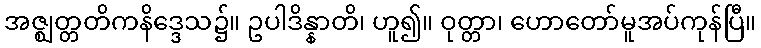
အဇ္ဈတ္တတိကနိဒ္ဒေသ၌။ ဥပါဒိန္နာတိ၊ ဟူ၍။ ဝုတ္တာ၊ ဟောတော်မူအပ်ကုန်ပြီ။